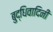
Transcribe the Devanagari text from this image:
बुद्धिवादिनी